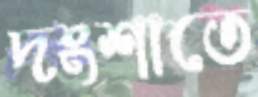
দংশাতে